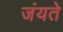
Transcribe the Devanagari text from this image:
जंयते